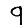
Digit: 9